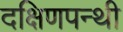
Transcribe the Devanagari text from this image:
दक्षिणपन्थी